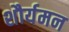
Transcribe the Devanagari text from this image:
शौर्यमन